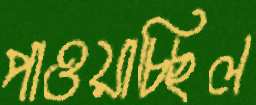
পাওয়াচ্ছিল